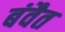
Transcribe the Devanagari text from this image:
बंवैत